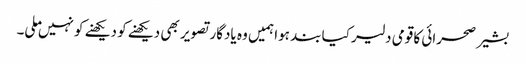
بشیر صحرائی کا قومی دلیر کیا بند ہوا ہمیں وہ یادگار تصویر بھی دیکھنے کو دیکھنے کو نہیں ملی۔